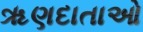
ૠણદાતાઓ